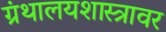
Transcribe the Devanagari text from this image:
ग्रंथालयशास्त्रावर